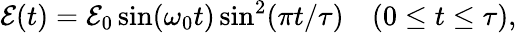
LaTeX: {\cal E}(t)={\cal E}_{0}\sin(\omega_{0}t)\sin^{2}(\pi t/\tau)\quad(0\le t\le\tau),